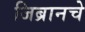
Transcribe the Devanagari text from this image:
जिब्रानचे